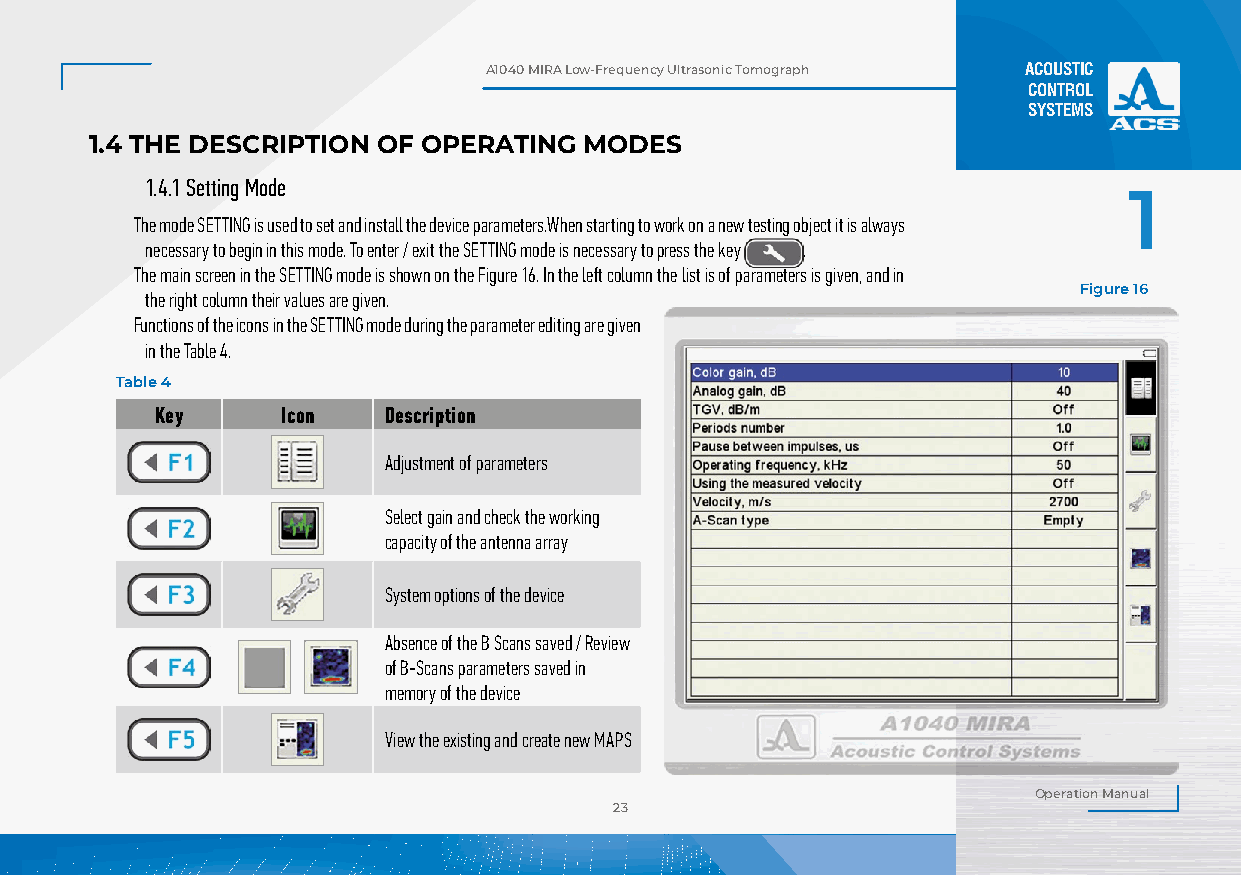
А1040 MIRA Low-Frequency Ultrasonic Tomograph ACOUSTIC
 CONTROL
 SYSTEMS
 1.4 THE DESCRIPTION OF OPERATING MODES
 1.4.1 Setting Mode
 1
 The mode SETTING is used to set and install the device parameters.When starting to work on a new testing object it is always
 necessary to begin in this mode. To enter / exit the SETTING mode is necessary to press the key .
 The main screen in the SETTING mode is shown on the Figure 16. In the left column the list is of parameters is given, and in
 Figure 16
 the right column their values are given.
 Functions of the icons in the SETTING mode during the parameter editing are given
 in the Table 4.
 Table 4
 Key      Icon  Description
 Adjustment of parameters
 Select gain and check the working
 capacity of the antenna array
 System options of the device
 Absence of the B Scans saved / Review
 of B-Scans parameters saved in
 memory of the device
 View the existing and create new MAPS
 Operation Manual
 23